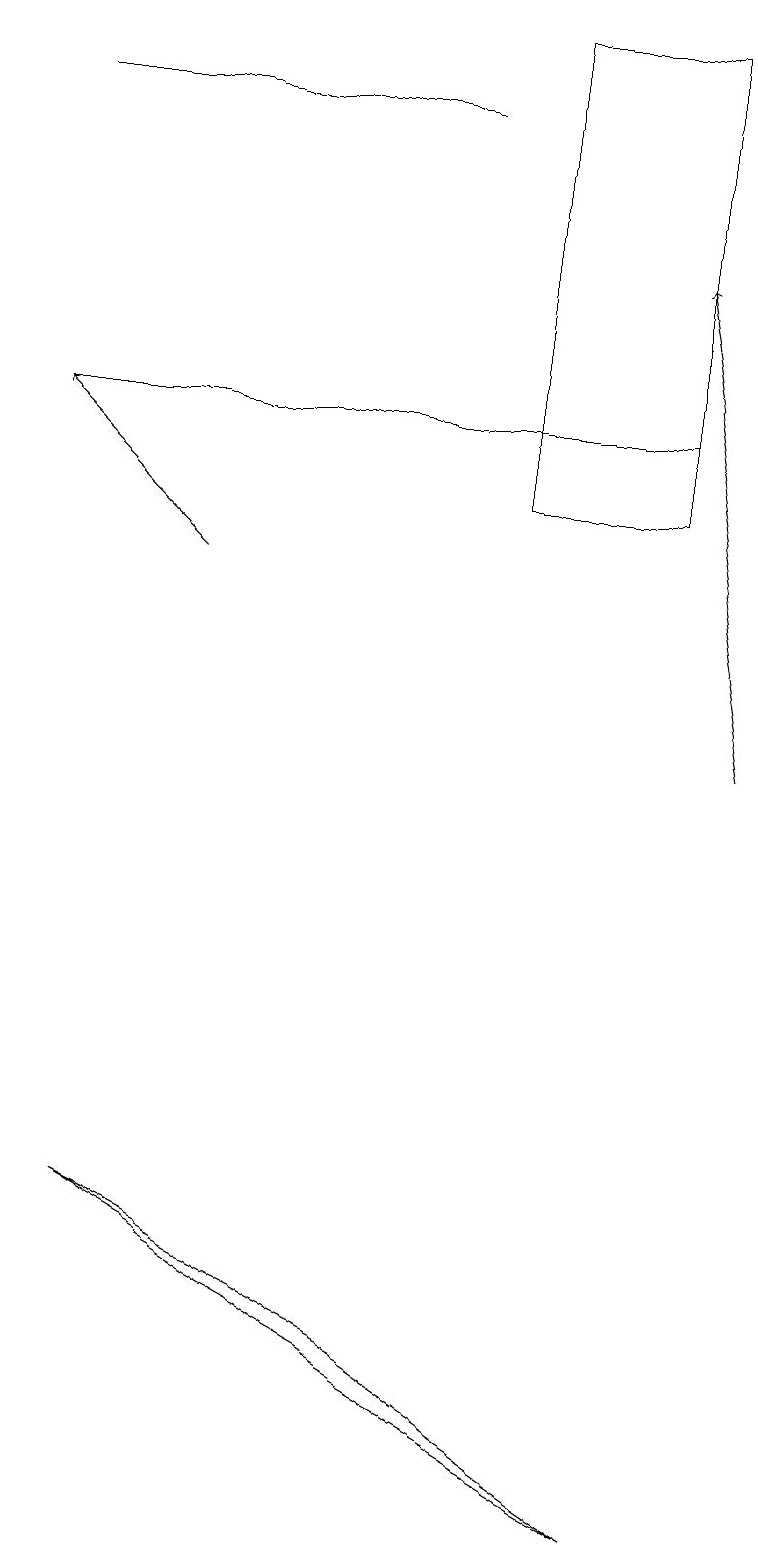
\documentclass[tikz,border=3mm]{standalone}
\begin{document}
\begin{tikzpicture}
\draw (8,14) rectangle (0,14);
\draw (8,0) -- (5,2) -- (1,4) -- cycle;
\draw (6,13) rectangle (8,19);
\draw[->] (9,10) -- (8,16);
\draw[->] (2,12) -- (0,14);
\draw (0,18) rectangle (5,18);
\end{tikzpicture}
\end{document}